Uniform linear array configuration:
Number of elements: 32
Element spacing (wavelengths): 0.25
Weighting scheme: kaiser
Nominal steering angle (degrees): -60
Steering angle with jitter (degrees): -59.893
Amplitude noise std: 0.05
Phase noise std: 0.05

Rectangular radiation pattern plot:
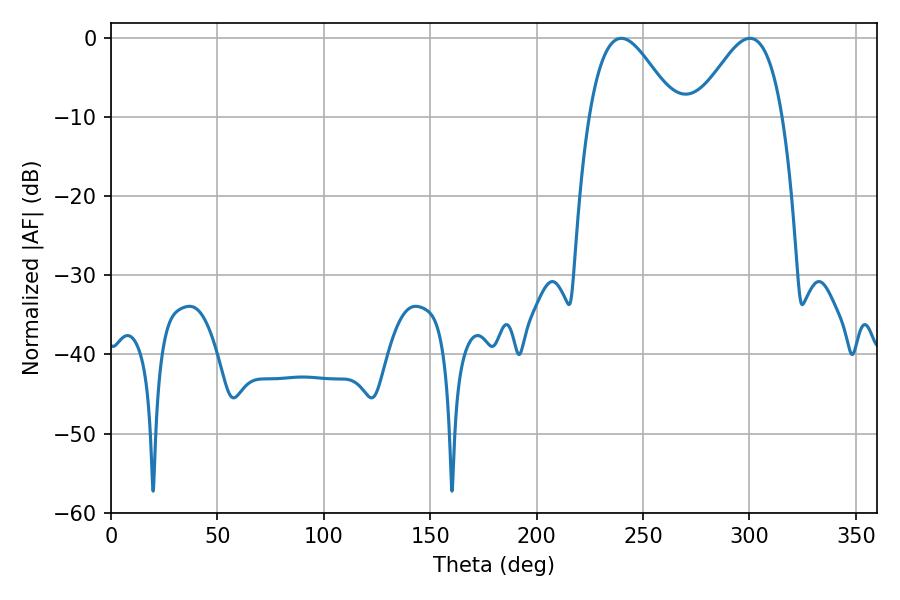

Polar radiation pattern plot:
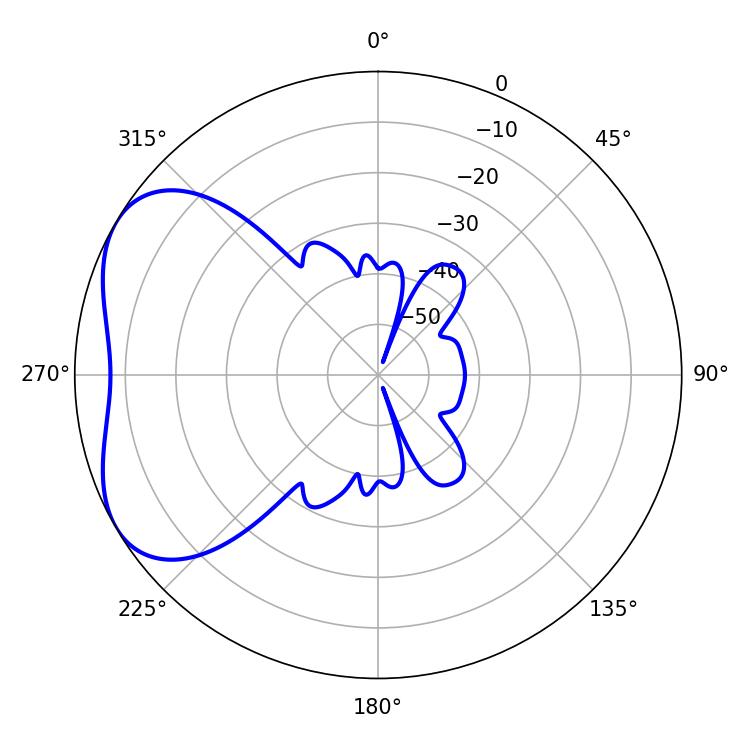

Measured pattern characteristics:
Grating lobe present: FALSE
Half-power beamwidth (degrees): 21.78
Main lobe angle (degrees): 239.76